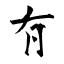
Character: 𠕇